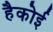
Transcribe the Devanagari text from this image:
हैकोई